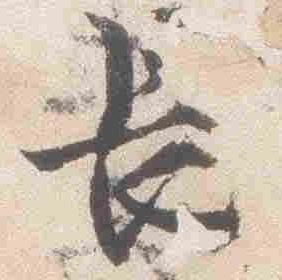
長